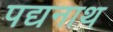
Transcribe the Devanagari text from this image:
पद्यनाथ